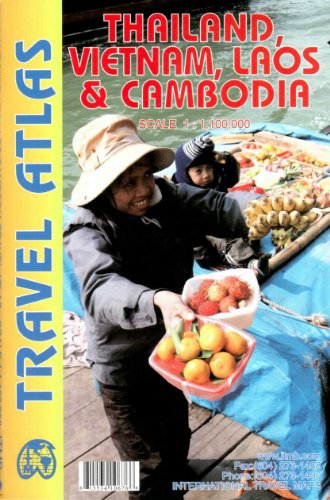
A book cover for Thailand, Vietnam, Laos & Cambodia Atlas 1:1 100 000 ITMB; ITMB Canada; Travel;